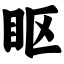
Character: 眍